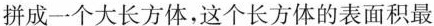
拼成一个大长方体，这个长方体的表面积最